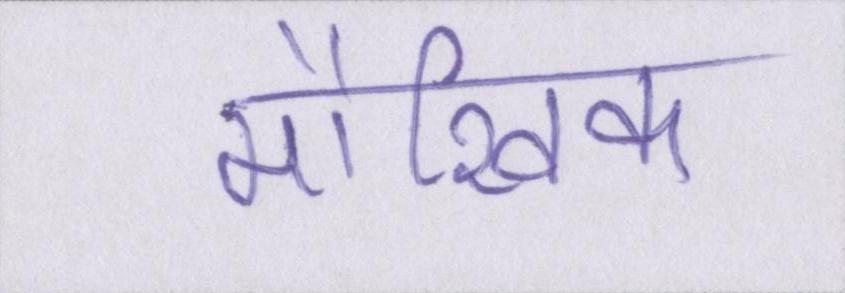
मौखिक